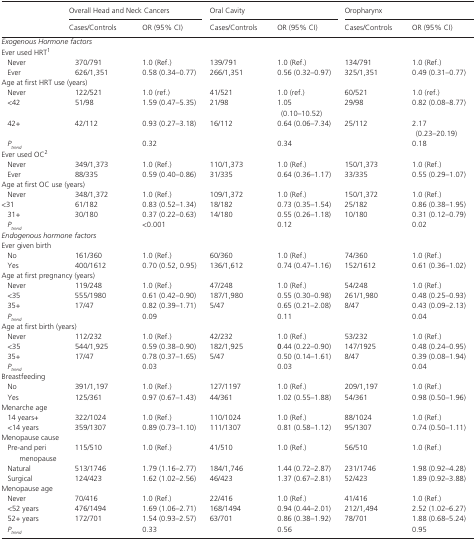
<table><thead><tr><td rowspan="2"></td><td colspan="2"><b>Overall Head and Neck Cancers</b></td><td colspan="2"><b>Oral Cavity</b></td><td colspan="2"><b>Oropharynx</b></td></tr><tr><td><b>Cases/Controls</b></td><td><b>OR (95% CI)</b></td><td><b>Cases/Controls</b></td><td><b>OR (95% CI)</b></td><td><b>Cases/Controls</b></td><td><b>OR (95% CI)</b></td></tr></thead><tbody><tr><td colspan="7"><i>Exogenous Hormone factors</i></td></tr><tr><td colspan="7">Ever used HRTa</td></tr><tr><td>Never</td><td>370/791</td><td>1.0 (Ref.)</td><td>139/791</td><td>1.0 (Ref.)</td><td>134/791</td><td>1.0 (Ref.)</td></tr><tr><td>Ever</td><td>626/1,351</td><td>0.58 (0.34–0.77)</td><td>266/1,351</td><td><b>0.56 (0.32</b>–<b>0.97)</b></td><td>325/1,351</td><td>0.49 (0.31–0.77)</td></tr><tr><td colspan="7">Age at first HRT use (years)</td></tr><tr><td>Never</td><td>122/521</td><td>1.0 (ref.)</td><td>41/521</td><td>1.0 (ref.)</td><td>60/521</td><td>1.0 (ref.)</td></tr><tr><td>&lt;42</td><td>51/98</td><td>1.59 (0.47–5.35)</td><td>21/98</td><td>1.05 (0.10–10.52)</td><td>29/98</td><td>0.82 (0.08–8.77)</td></tr><tr><td>42+</td><td>42/112</td><td>0.93 (0.27–3.18)</td><td>16/112</td><td>0.64 (0.06–7.34)</td><td>25/112</td><td>2.17 (0.23–20.19)</td></tr><tr><td><i>P</i><sub><i>trend</i></sub></td><td></td><td>0.32</td><td></td><td>0.34</td><td></td><td>0.18</td></tr><tr><td colspan="7">Ever used OCb</td></tr><tr><td>Never</td><td>349/1,373</td><td>1.0 (Ref.)</td><td>110/1,373</td><td>1.0 (Ref.)</td><td>150/1,373</td><td>1.0 (Ref.)</td></tr><tr><td>Ever</td><td>88/335</td><td>0.59 (0.40–0.86)</td><td>31/335</td><td>0.64 (0.36–1.17)</td><td>33/335</td><td>0.55 (0.29–1.07)</td></tr><tr><td colspan="7">Age at first OC use (years)</td></tr><tr><td>Never</td><td>348/1,372</td><td>1.0 (Ref.)</td><td>109/1,372</td><td>1.0 (Ref.)</td><td>150/1,372</td><td>1.0 (Ref.)</td></tr><tr><td>&lt;31</td><td>61/182</td><td>0.83 (0.52–1.34)</td><td>18/182</td><td>0.73 (0.35–1.54)</td><td>25/182</td><td>0.86 (0.38–1.95)</td></tr><tr><td>31+</td><td>30/180</td><td>0.37 (0.22–0.63)</td><td>14/180</td><td>0.55 (0.26–1.18)</td><td>10/180</td><td>0.31 (0.12–0.79)</td></tr><tr><td><i>P</i><sub><i>trend</i></sub></td><td></td><td>&lt;0.001</td><td></td><td>0.12</td><td></td><td>0.02</td></tr><tr><td colspan="7"><i>Endogenous hormone factors</i></td></tr><tr><td colspan="7">Ever given birth</td></tr><tr><td>No</td><td>161/360</td><td>1.0 (Ref.)</td><td>60/360</td><td>1.0 (Ref.)</td><td>74/360</td><td>1.0 (Ref.)</td></tr><tr><td>Yes</td><td>400/1612</td><td>0.70 (0.52, 0.95)</td><td>136/1,612</td><td>0.74 (0.47–1.16)</td><td>152/1612</td><td>0.61 (0.36–1.02)</td></tr><tr><td colspan="7">Age at first pregnancy (years)</td></tr><tr><td>Never</td><td>119/248</td><td>1.0 (Ref.)</td><td>47/248</td><td>1.0 (Ref.)</td><td>54/248</td><td>1.0 (Ref.)</td></tr><tr><td>&lt;35</td><td>555/1980</td><td><b>0.61 (0.42</b>–<b>0.90)</b></td><td>187/1,980</td><td>0.55 (0.30–0.98)</td><td>261/1,980</td><td>0.48 (0.25–0.93)</td></tr><tr><td>35+</td><td>17/47</td><td>0.82 (0.39–1.71)</td><td>5/47</td><td>0.65 (0.21–2.08)</td><td>8/47</td><td>0.43 (0.09–2.13)</td></tr><tr><td><i>P</i><sub><i>trend</i></sub></td><td></td><td>0.09</td><td></td><td>0.11</td><td></td><td>0.04</td></tr><tr><td colspan="7">Age at first birth (years)</td></tr><tr><td>Never</td><td>112/232</td><td>1.0 (Ref.)</td><td>42/232</td><td>1.0 (Ref.)</td><td>53/232</td><td>1.0 (Ref.)</td></tr><tr><td>&lt;35</td><td>544/1,925</td><td>0.59 (0.38–0.90)</td><td>182/1,925</td><td>0.44 (0.22–0.90)</td><td>147/1925</td><td>0.48 (0.24–0.95)</td></tr><tr><td>35+</td><td>17/47</td><td>0.78 (0.37–1.65)</td><td>5/47</td><td>0.50 (0.14–1.61)</td><td>8/47</td><td>0.39 (0.08–1.94)</td></tr><tr><td><i>P</i><sub><i>trend</i></sub></td><td></td><td><b>0.03</b></td><td></td><td>0.03</td><td></td><td>0.04</td></tr><tr><td colspan="7">Breastfeeding</td></tr><tr><td>No</td><td>391/1,197</td><td>1.0 (Ref.)</td><td>127/1197</td><td>1.0 (Ref.)</td><td>209/1,197</td><td>1.0 (Ref.)</td></tr><tr><td>Yes</td><td>125/361</td><td>0.97 (0.67–1.43)</td><td>44/361</td><td>1.02 (0.55–1.88)</td><td>54/361</td><td>0.98 (0.50–1.96)</td></tr><tr><td colspan="7">Menarche age</td></tr><tr><td>14 years+</td><td>322/1024</td><td>1.0 (Ref.)</td><td>110/1024</td><td>1.0 (Ref.)</td><td>88/1024</td><td>1.0 (Ref.)</td></tr><tr><td>&lt;14 years</td><td>359/1307</td><td>0.89 (0.73–1.10)</td><td>111/1307</td><td>0.81 (0.58–1.12)</td><td>95/1307</td><td>0.74 (0.50–1.11)</td></tr><tr><td colspan="7">Menopause cause</td></tr><tr><td>Pre‐and peri menopause</td><td>115/510</td><td>1.0 (Ref.)</td><td>41/510</td><td>1.0 (Ref.)</td><td>56/510</td><td>1.0 (Ref.)</td></tr><tr><td>Natural</td><td>513/1746</td><td>1.79 (1.16–2.77)</td><td>184/1,746</td><td>1.44 (0.72–2.87)</td><td>231/1746</td><td>1.98 (0.92–4.28)</td></tr><tr><td>Surgical</td><td>124/423</td><td>1.62 (1.02–2.56)</td><td>46/423</td><td>1.37 (0.67–2.81)</td><td>52/423</td><td>1.89 (0.92–3.88)</td></tr><tr><td colspan="7">Menopause age</td></tr><tr><td>Never</td><td>70/416</td><td>1.0 (Ref.)</td><td>22/416</td><td>1.0 (Ref.)</td><td>41/416</td><td>1.0 (Ref.)</td></tr><tr><td>&lt;52 years</td><td>476/1494</td><td>1.69 (1.06–2.71)</td><td>168/1494</td><td>0.94 (0.44–2.01)</td><td>212/1,494</td><td>2.52 (1.02–6.27)</td></tr><tr><td>52+ years</td><td>172/701</td><td>1.54 (0.93–2.57)</td><td>63/701</td><td>0.86 (0.38–1.92)</td><td>78/701</td><td>1.88 (0.68–5.24)</td></tr><tr><td><i>P</i><sub><i>trend</i></sub></td><td></td><td>0.33</td><td></td><td>0.56</td><td></td><td>0.95</td></tr></tbody></table>